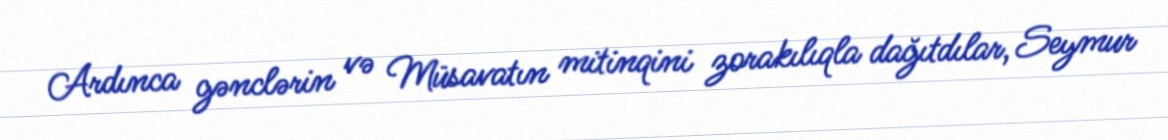
Ardınca gənclərin və Müsavatın mitinqini zorakılıqla dağıtdılar, Seymur